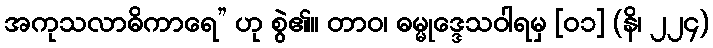
အကုသလာဓိကာရေ” ဟု စွဲ၏။ တာဝ၊ ဓမ္မုဒ္ဒေသဝါရမှ [၀၁] (နိ၊ ၂၂၄)